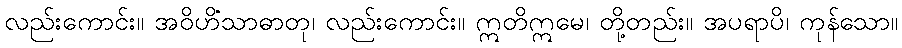
လည်းကောင်း။ အဝိဟိံသာဓာတု၊ လည်းကောင်း။ ဣတိဣမေ၊ တို့တည်း။ အပရာပိ၊ ကုန်သော။